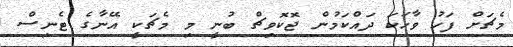
މެޗަށް ފަހު ވާހަކަ ދައްކަމުން ޖޮކޮވިޗް ބުނީ މި މެޗަކީ އޭނާގެ ޓެނިސް